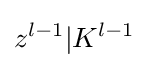
z^{l-1}|K^{l-1}